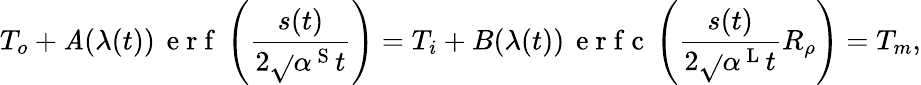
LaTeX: T_{o}+\mathit{A}(\lambda(t))\, \mathrm{{~e~r~f~}}\left(\frac{{s(t)}}{{2\sqrt{}{{\alpha^{\mathrm{{~S~}}}t}}}}\right)=T_{i}+B(\lambda(t))\, \mathrm{{~e~r~f~c~}}\left(\frac{{s(t)}}{{2\sqrt{}{{\alpha^{\mathrm{{~L~}}}t}}}}R_{\rho}\right)=T_{m},